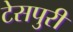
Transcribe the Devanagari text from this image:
टेसपुरी